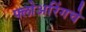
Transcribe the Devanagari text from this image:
फ्लोअरिंगचे